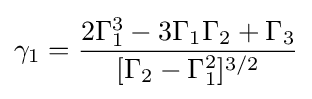
\gamma _{1}={\frac {2\Gamma _{1}^{3}-3\Gamma _{1}\Gamma _{2}+\Gamma _{3}}{[\Gamma _{2}-\Gamma _{1}^{2}]^{3/2}}}